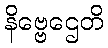
နိဗ္ဗေဌေတိ